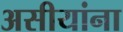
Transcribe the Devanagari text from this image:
असीयांना